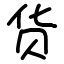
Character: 货